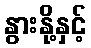
နွားနို့နှင့်